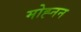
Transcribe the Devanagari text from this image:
मोह्नन